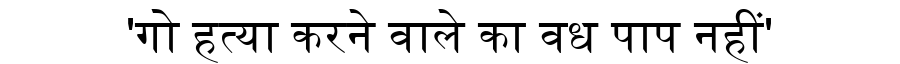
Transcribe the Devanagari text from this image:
'गो हत्या करने वाले का वध पाप नहीं'